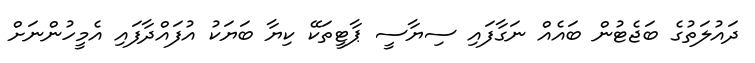
ދައުލަތުގެ ބަޖެޓުން ބައެއް ނަގާފައި ސިޔާސީ ޕާޓީތަކޭ ކިޔާ ބަޔަކު އުފައްދާފައި އެމީހުންނަށް